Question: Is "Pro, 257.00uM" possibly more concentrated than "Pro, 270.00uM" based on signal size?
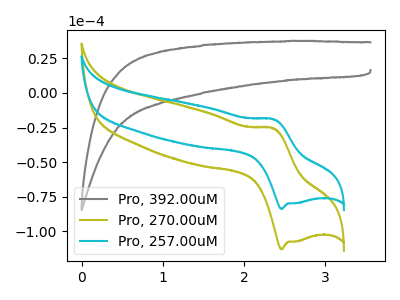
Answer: <think>The gray curve "Pro, 392.00uM" has no peaks. The olive curve "Pro, 270.00uM" has an anodic peak at (2.35V, -25.65uA) and a cathodic peak at (2.45V, -112.80uA). The cyan curve "Pro, 257.00uM" has an anodic peak at (2.35V, -19.05uA) and a cathodic peak at (2.45V, -83.75uA).
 All the peaks in "Pro, 257.00uM" have a peak in "Pro, 270.00uM" at the same potential.</think>
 <answer>I cant tell if "Pro, 257.00uM" or "Pro, 270.00uM" has more signal.</answer>
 <eval>mixed_signal</eval>